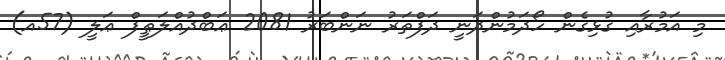
މި އަމުރާއި ގުޅިގެން ހޯދަމުންދަނީ ދަފްތަރު ނަންބަރު 2081 ޢަބްދުއްލަޠީފް ޢަލީ (57އ)